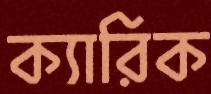
ক্যারিক